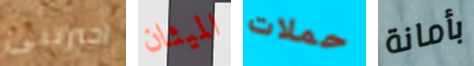
اخبرتنى الميثان حملات بأمانة